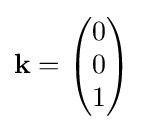
\mathbf {k} ={\begin{pmatrix}0\\0\\1\end{pmatrix}}